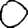
Digit: 0